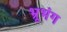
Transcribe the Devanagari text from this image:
भ्रूभंग